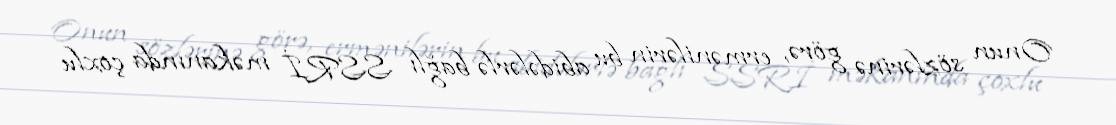
Onun sözlərinə görə, ermənilərin bu abidələrlə bağlı SSRİ məkanında çoxlu